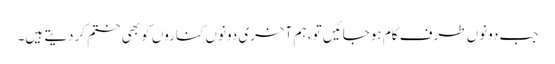
جب دونوں طرف کام ہوجائیں تو ، ہم آخری دونوں کناروں کو بھی ختم کردیتے ہیں۔